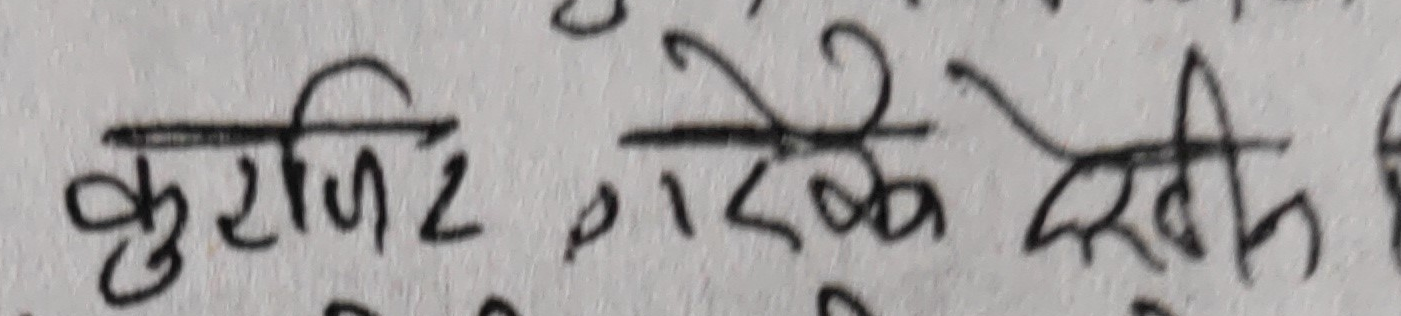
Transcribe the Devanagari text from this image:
कुरिट गरेके देखि